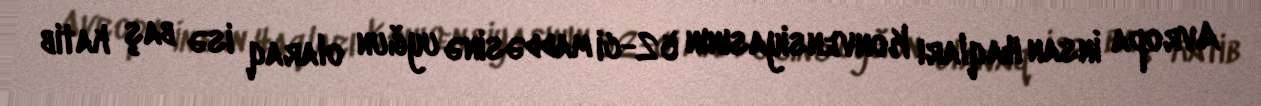
Avropa İnsan Haqları Konvensiyasının 52-ci maddəsinə uyğun olaraq isə baş katib